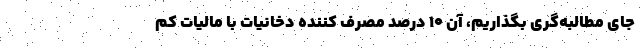
جای مطالبه‌گری بگذاریم، آن ۱۰ درصد مصرف کننده دخانیات با مالیات کم